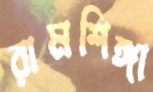
রামশিঙ্গা